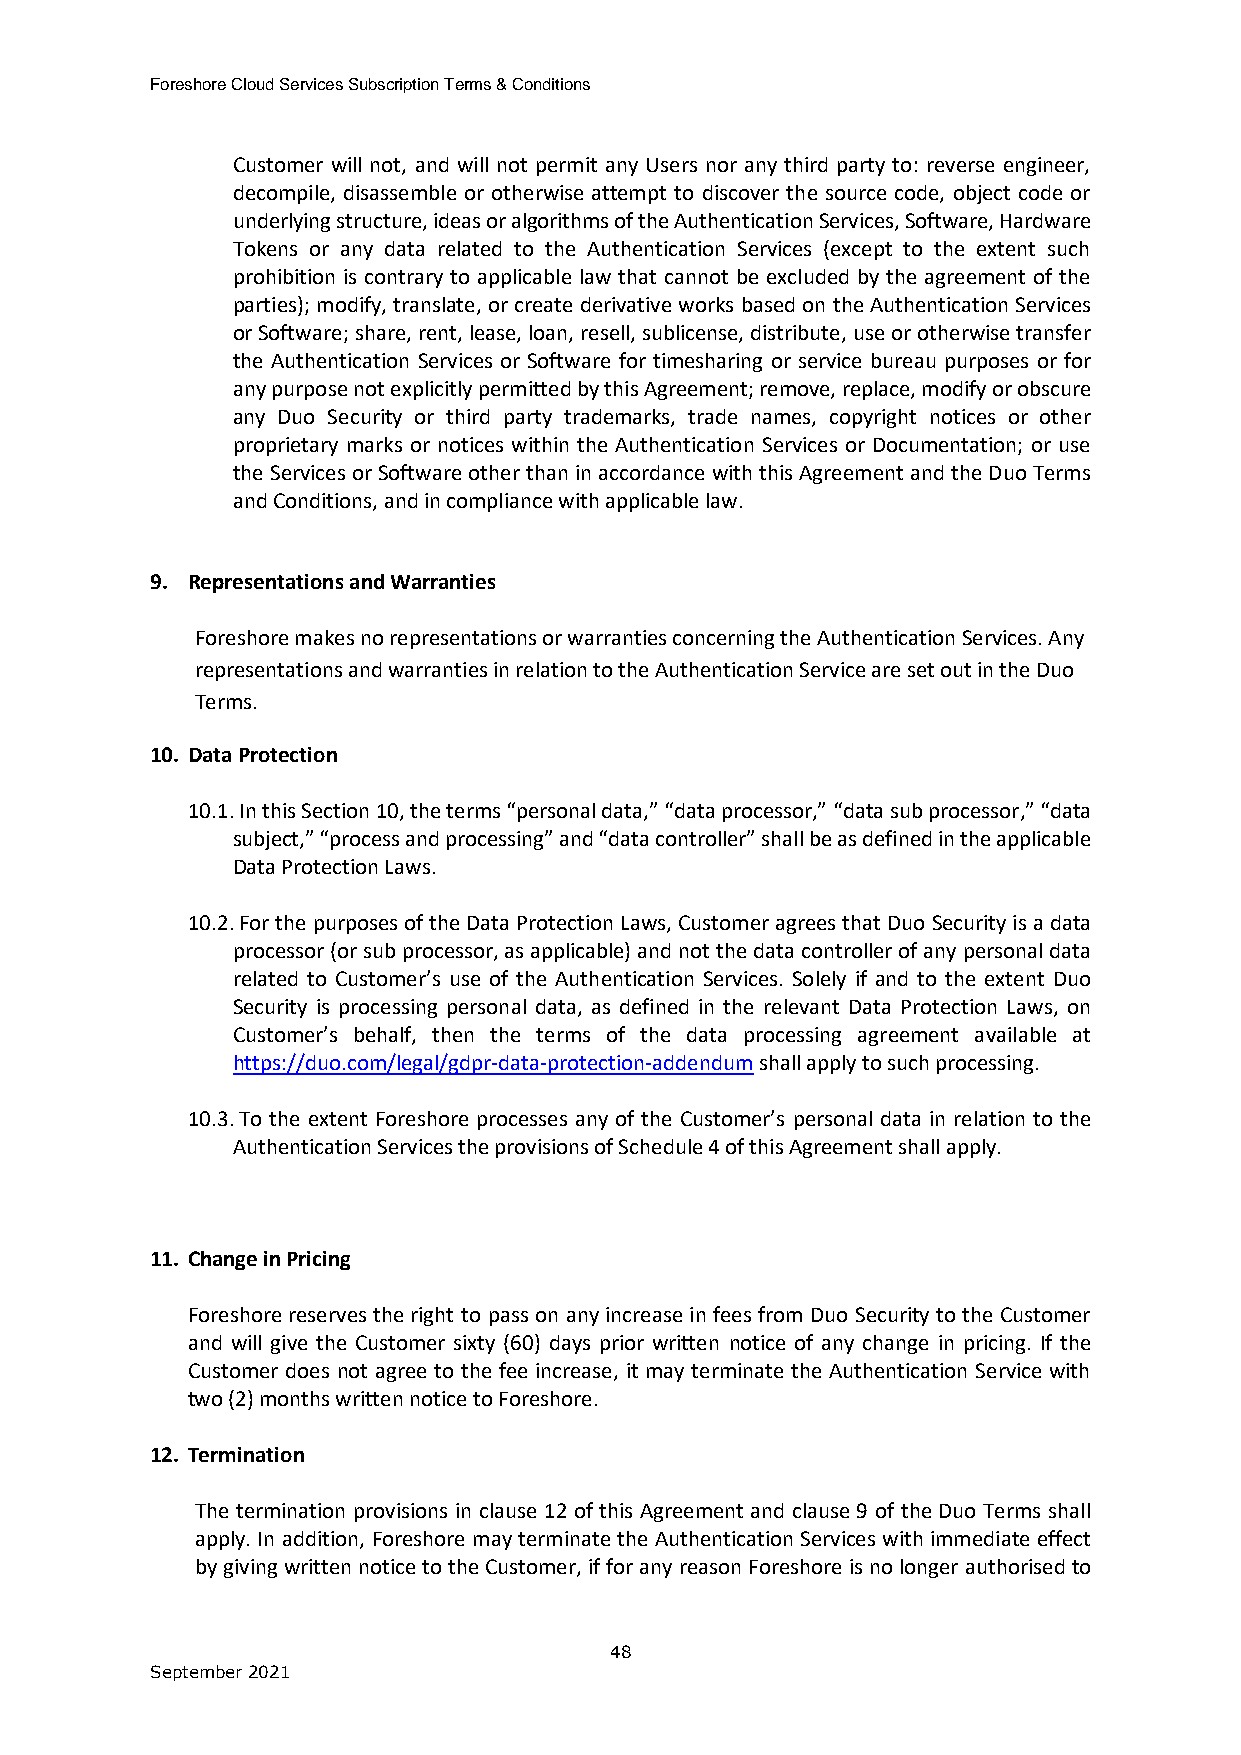
Foreshore Cloud Services Subscription Terms & Conditions
 Customer will not, and will not permit any Users nor any third party to: reverse engineer,
 decompile, disassemble or otherwise attempt to discover the source code, object code or
 underlying structure, ideas or algorithms of the Authentication Services, Software, Hardware
 Tokens or any data related to the Authentication Services (except to the extent such
 prohibition is contrary to applicable law that cannot be excluded by the agreement of the
 parties); modify, translate, or create derivative works based on the Authentication Services
 or Software; share, rent, lease, loan, resell, sublicense, distribute, use or otherwise transfer
 the Authentication Services or Software for timesharing or service bureau purposes or for
 any purpose not explicitly permitted by this Agreement; remove, replace, modify or obscure
 any Duo Security or third party trademarks, trade names, copyright notices or other
 proprietary marks or notices within the Authentication Services or Documentation; or use
 the Services or Software other than in accordance with this Agreement and the Duo Terms
 and Conditions, and in compliance with applicable law.
 9. Representations and Warranties
 Foreshore makes no representations or warranties concerning the Authentication Services. Any
 representations and warranties in relation to the Authentication Service are set out in the Duo
 Terms.
 10. Data Protection
 10.1. In this Section 10, the terms “personal data,” “data processor,” “data sub processor,” “data
 subject,” “process and processing” and “data controller” shall be as defined in the applicable
 Data Protection Laws.
 10.2. For the purposes of the Data Protection Laws, Customer agrees that Duo Security is a data
 processor (or sub processor, as applicable) and not the data controller of any personal data
 related to Customer’s use of the Authentication Services. Solely if and to the extent Duo
 Security is processing personal data, as defined in the relevant Data Protection Laws, on
 Customer’s behalf, then the terms of the data processing agreement available at
 https://duo.com/legal/gdpr-data-protection-addendum shall apply to such processing.
 10.3. To the extent Foreshore processes any of the Customer’s personal data in relation to the
 Authentication Services the provisions of Schedule 4 of this Agreement shall apply.
 11. Change in Pricing
 Foreshore reserves the right to pass on any increase in fees from Duo Security to the Customer
 and will give the Customer sixty (60) days prior written notice of any change in pricing. If the
 Customer does not agree to the fee increase, it may terminate the Authentication Service with
 two (2) months written notice to Foreshore.
 12. Termination
 The termination provisions in clause 12 of this Agreement and clause 9 of the Duo Terms shall
 apply. In addition, Foreshore may terminate the Authentication Services with immediate effect
 by giving written notice to the Customer, if for any reason Foreshore is no longer authorised to
 48
 September 2021